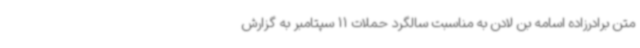
متن برادرزاده اسامه بن لادن به مناسبت سالگرد حملات 11 سپتامبر به گزارش